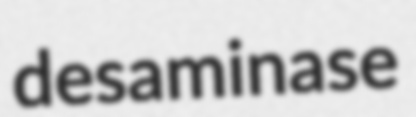
desaminase